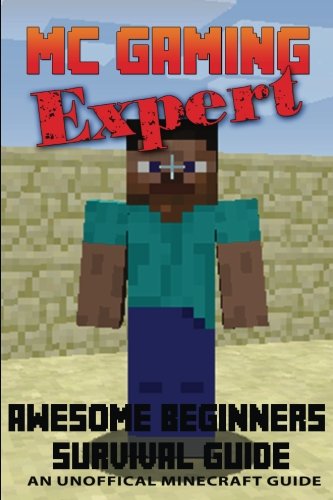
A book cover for Awesome Beginners Survival Guide: Unofficial Minecraft Guide (MC Gaming Expert - Unofficial Minecraft Guides) (Volume 5); Terry Mayer; Children's Books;